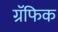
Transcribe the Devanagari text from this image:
ग्रॅफिक